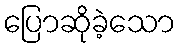
ပြောဆိုခဲ့သော